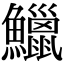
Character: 鱲